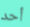
أحد